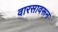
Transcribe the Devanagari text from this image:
वारसावरून